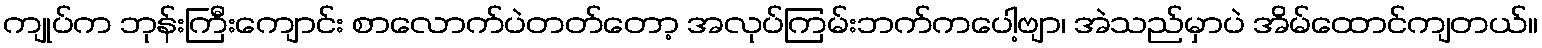
ကျုပ်က ဘုန်းကြီးကျောင်း စာလောက်ပဲတတ်တော့ အလုပ်ကြမ်းဘက်ကပေါ့ဗျာ၊ အဲသည်မှာပဲ အိမ်ထောင်ကျတယ်။